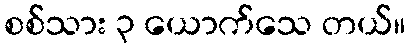
စစ်သား ၃ ယောက်သေ တယ်။